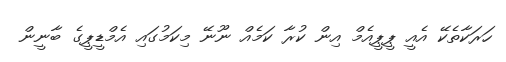
ހަރަކާތެކޭ އެއީ ޕީޕީއެމް އިން ކުރާ ކަމެއް ނޫނޭ މިކަމުގައި އެމްޑީޕީގެ ބާނީން